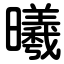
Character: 曦